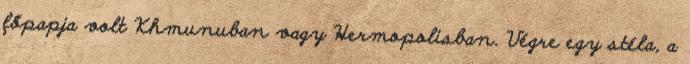
főpapja volt Khmunuban vagy Hermopolisban. Végre egy stéla, a